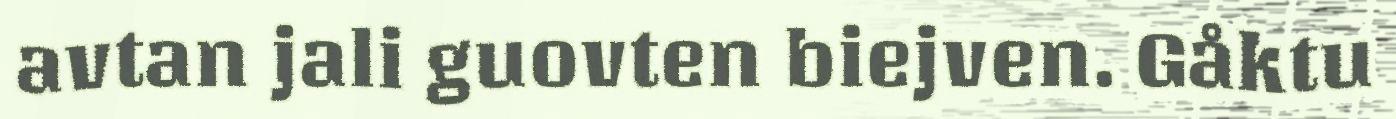
avtan jali guovten biejven. Gåktu